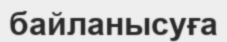
байланысуға